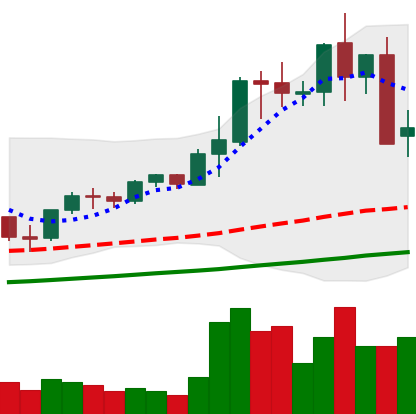
Ticker: LTC-USD
Chart end date: 2021-05-13
Forward return: -7.034%
Label: down_7plus